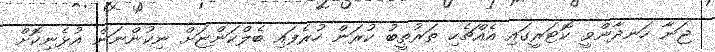
ޖަނާ ހަނދާންވީ ކޮޓަރީގައި އެއްޗެހި ތަރުތީބު ކުރަން ހުރެފައި ބެލްކަންޏަށް ނިކުންނަން އުޅެނިކޮށް